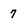
Character: 7